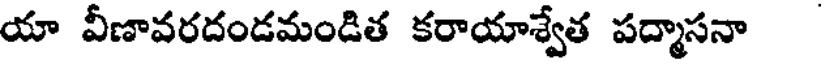
యా వీణావరదండమండిత కరాయాశ్వేత పద్మాసనా